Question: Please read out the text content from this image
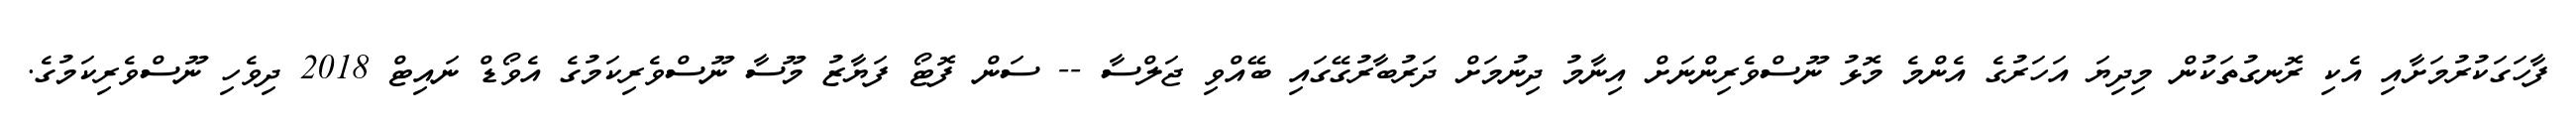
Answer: ފާހަގަކުރުމަށާއި އެކި ރޮނގުތަކުން މިދިޔަ އަހަރުގެ އެންމެ މޮޅު ނޫސްވެރިންނަށް އިނާމު ދިނުމަށް ދަރުބާރުގޭގައި ބޭއްވި ޖަލްސާ -- ސަން ފޮޓޯ ފަޔާޒު މޫސާ ނޫސްވެރިކަމުގެ އެވޯޑް ނައިޓް 2018 ދިވެހި ނޫސްވެރިކަމުގެ.